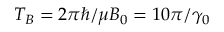
T _ { B } = 2 \pi \hbar / \mu B _ { 0 } = 1 0 \pi / \gamma _ { 0 }